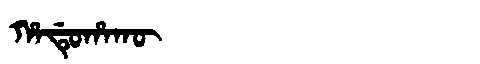
Manchu: ᡥᠠᡩᡠᡥᠠᡴᡡ
Romanization: HADUHAKŪ